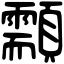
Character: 顬